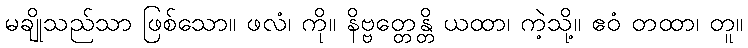
မချိုသည်သာ ဖြစ်သော။ ဖလံ၊ ကို။ နိဗ္ဗတ္တေန္တိ ယထာ၊ ကဲ့သို့။ ဧဝံ တထာ၊ တူ။